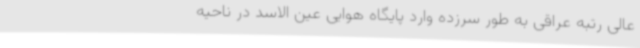
عالی رتبه عراقی به طور سرزده وارد پایگاه هوایی عین الاسد در ناحیه